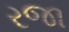
રજા